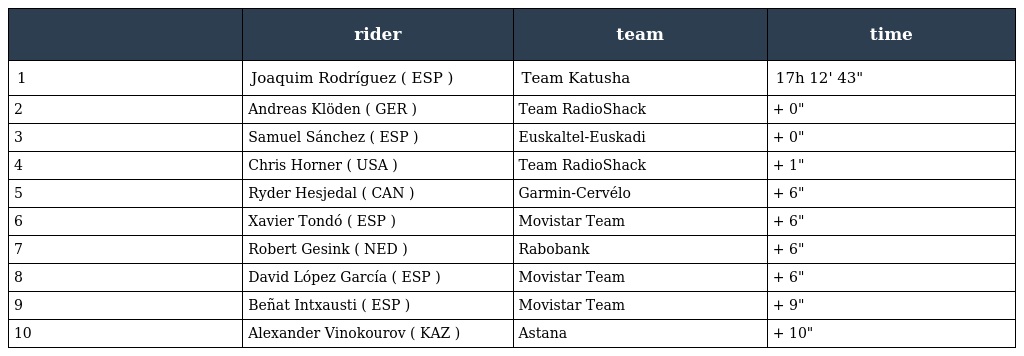
|  | rider | team | time |
 | --- | --- | --- | --- |
 | 1 | Joaquim Rodríguez ( ESP ) | Team Katusha | 17h 12' 43" |
 | 2 | Andreas Klöden ( GER ) | Team RadioShack | + 0" |
 | 3 | Samuel Sánchez ( ESP ) | Euskaltel-Euskadi | + 0" |
 | 4 | Chris Horner ( USA ) | Team RadioShack | + 1" |
 | 5 | Ryder Hesjedal ( CAN ) | Garmin-Cervélo | + 6" |
 | 6 | Xavier Tondó ( ESP ) | Movistar Team | + 6" |
 | 7 | Robert Gesink ( NED ) | Rabobank | + 6" |
 | 8 | David López García ( ESP ) | Movistar Team | + 6" |
 | 9 | Beñat Intxausti ( ESP ) | Movistar Team | + 9" |
 | 10 | Alexander Vinokourov ( KAZ ) | Astana | + 10" |